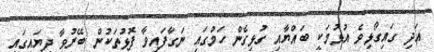
އަދި ގައިގޯޅިވެ އުޅުމަކީ ބައްޔާއި ގުޅިގެން ހަމުގައި ނަގާފައިވާ ފޮޅުތަކުން ބޭރުވާ ދިޔައިގައި